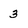
Character: 3